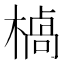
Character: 𪳣